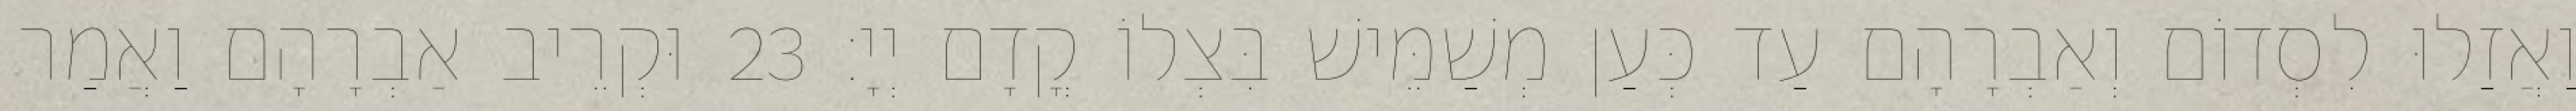
וַאֲזַלוּ לִסְדוֹם וְאַבְרָהָם עַד כְּעַן מְשַׁמֵּישׁ בִּצְלוֹ קֳדָם יְיָ׃ 23 וּקְרֵיב אַבְרָהָם וַאֲמַר